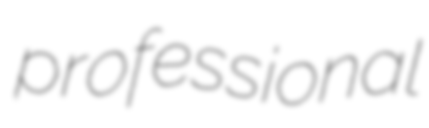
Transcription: professional